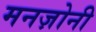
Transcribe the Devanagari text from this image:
मनज़ोनी